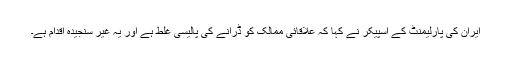
ایران کی پارلیمنٹ کے اسپیکر نے کہا کہ علاقائی ممالک کو ڈرانے کی پالیسی غلط ہے اور یہ غیر سنجیدہ اقدام ہے۔